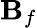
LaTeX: \mathbf{B}_{f}